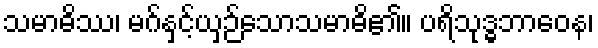
သမာဓိဿ၊ မဂ်နှင့်ယှဉ်သောသမာဓိ၏။ ပရိသုဒ္ဓဘာဝေန၊